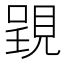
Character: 𧡈